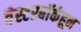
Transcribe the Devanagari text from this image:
वेस्टरबॉर्कहून